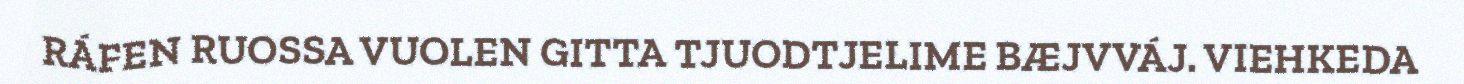
RÁFEN RUOSSA VUOLEN GITTA TJUODTJELIME BÆJVVÁJ. VIEHKEDA